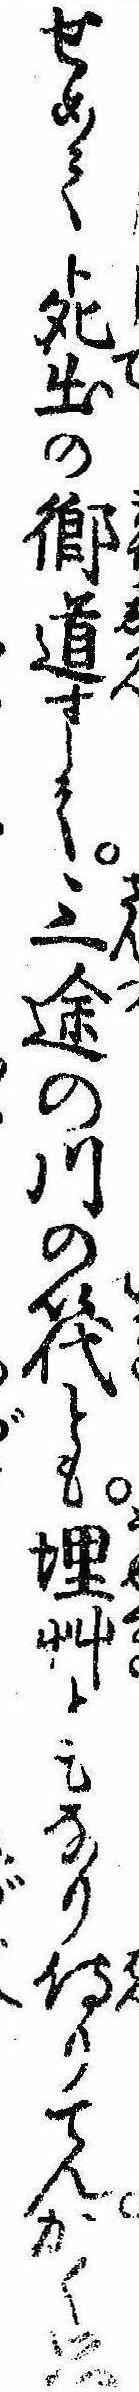
せめて死出の郷導して三途の川の筏とも埋艸ともなり侍りてんかく思